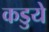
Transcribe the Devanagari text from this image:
कडुये